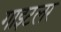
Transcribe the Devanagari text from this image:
गाइटलर